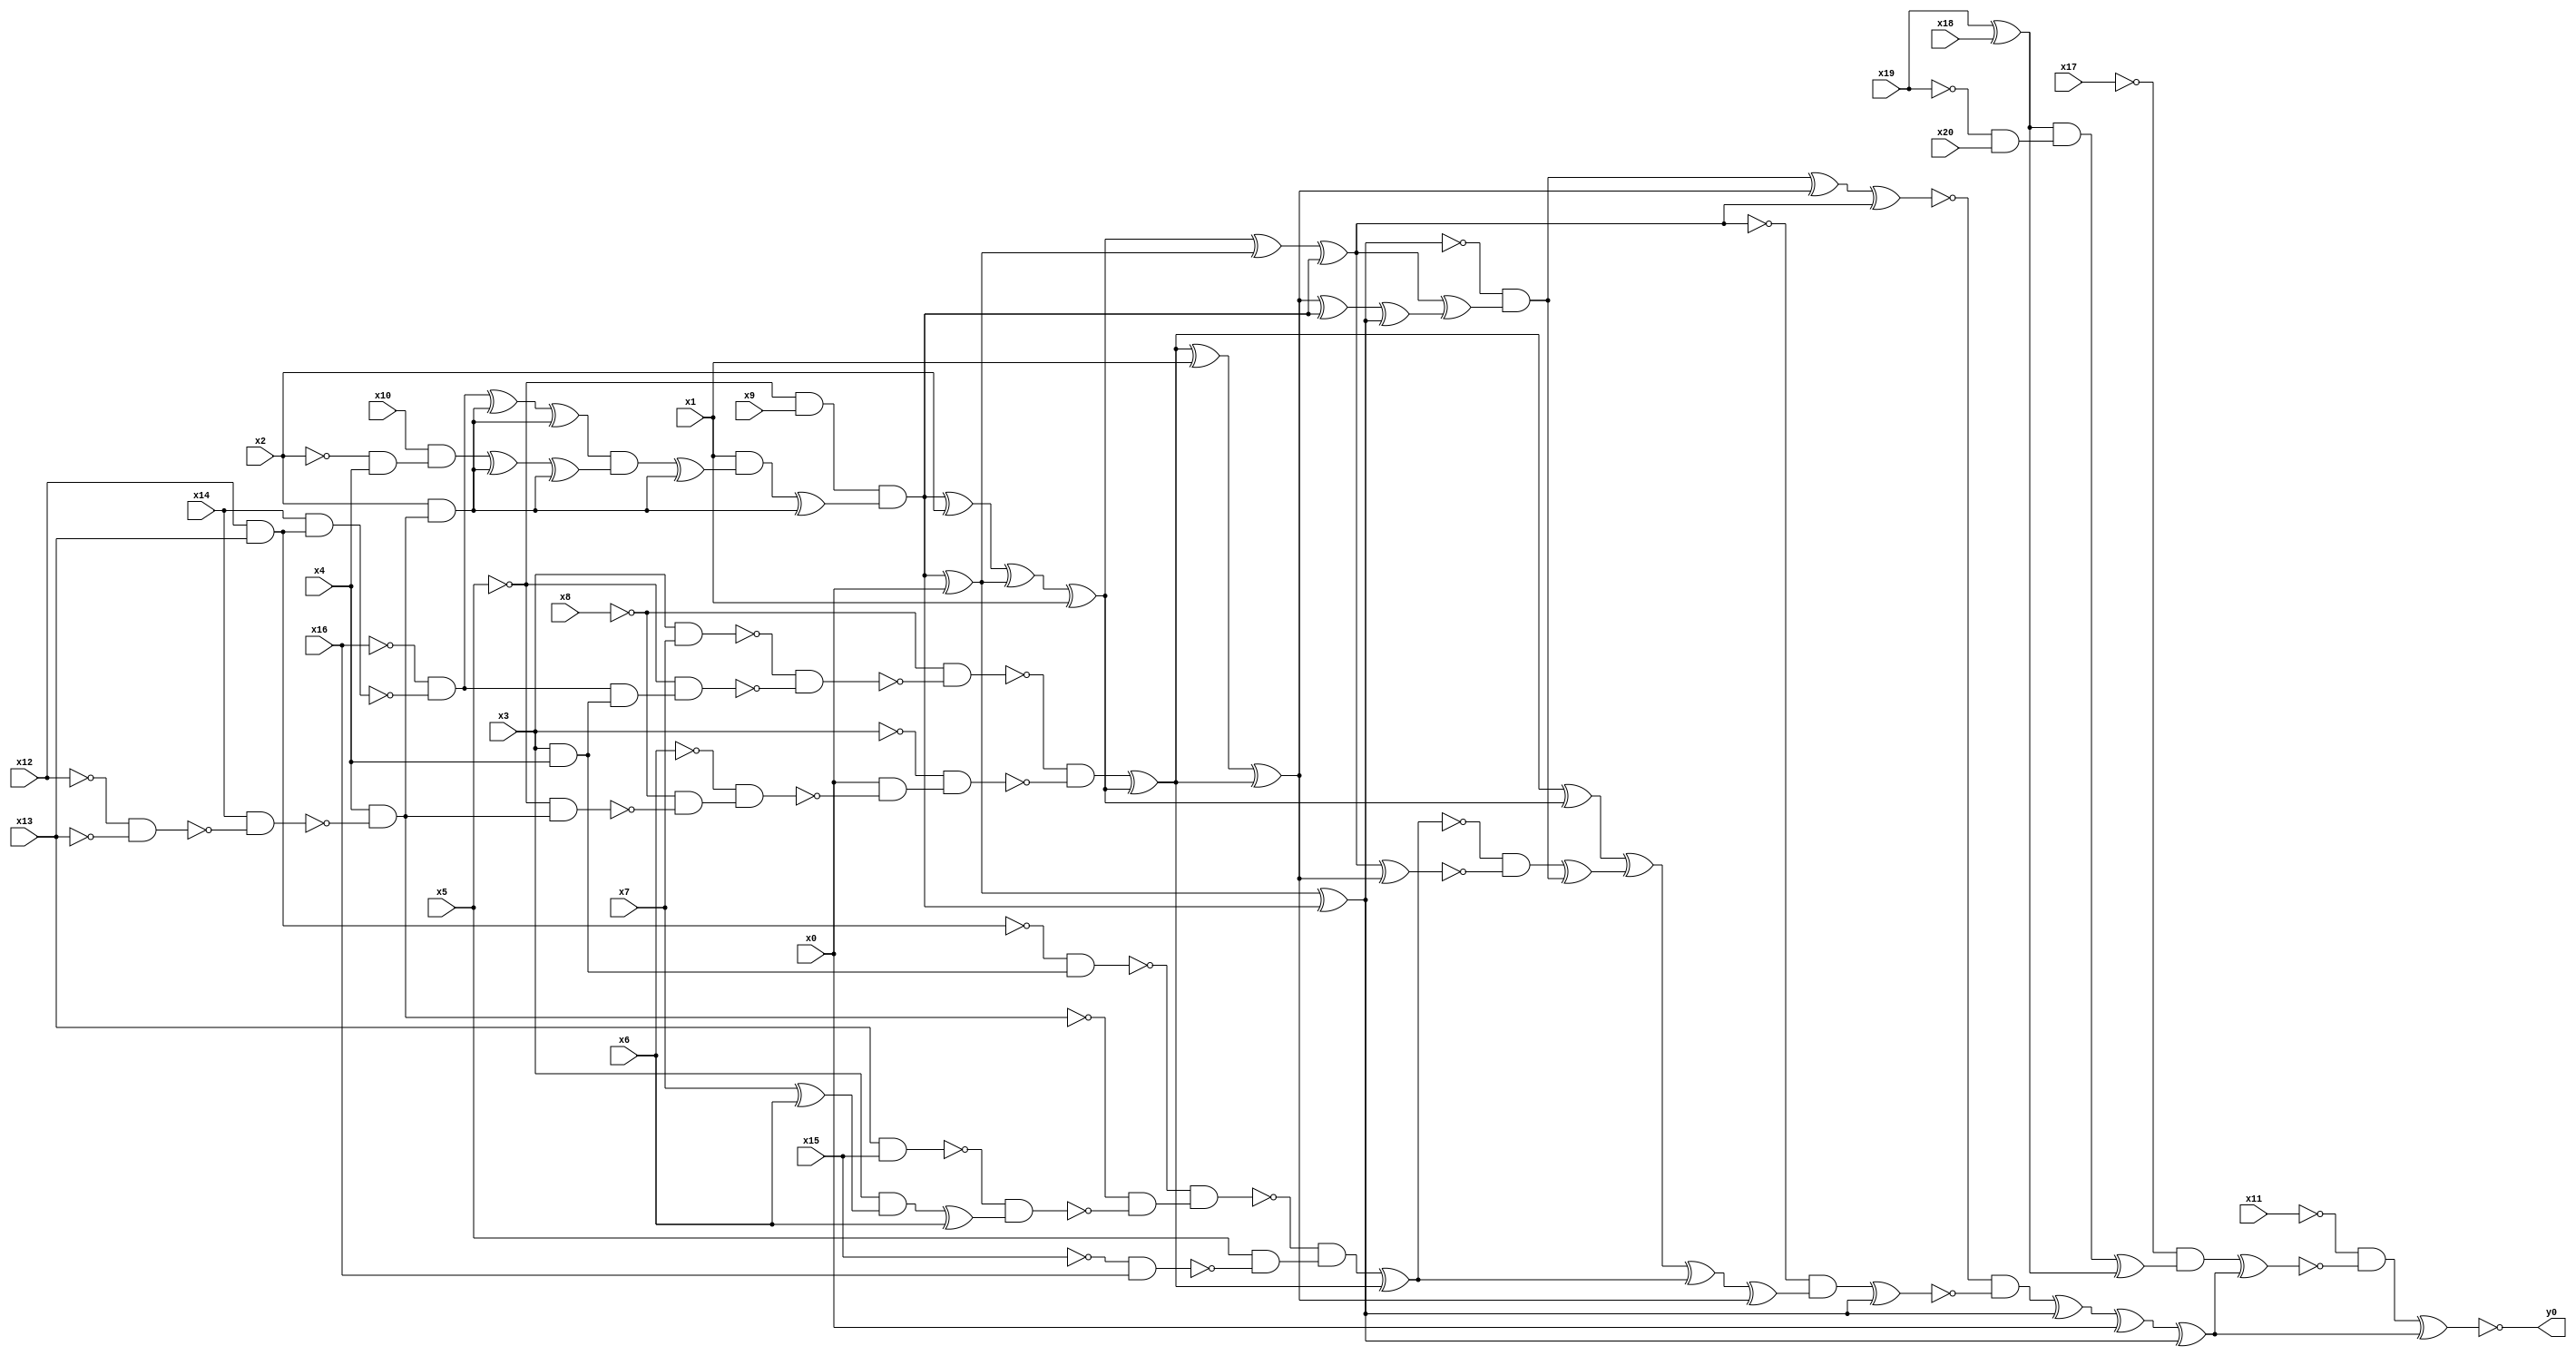
module top( x0 , x1 , x2 , x3 , x4 , x5 , x6 , x7 , x8 , x9 , x10 , x11 , x12 , x13 , x14 , x15 , x16 , x17 , x18 , x19 , x20 , y0 );
  input x0 , x1 , x2 , x3 , x4 , x5 , x6 , x7 , x8 , x9 , x10 , x11 , x12 , x13 , x14 , x15 , x16 , x17 , x18 , x19 , x20 ;
  output y0 ;
  wire n22 , n23 , n24 , n25 , n26 , n27 , n28 , n29 , n30 , n31 , n32 , n33 , n34 , n35 , n36 , n37 , n38 , n39 , n40 , n41 , n42 , n43 , n44 , n45 , n46 , n47 , n48 , n49 , n50 , n51 , n52 , n53 , n54 , n55 , n56 , n57 , n58 , n59 , n60 , n61 , n62 , n63 , n64 , n65 , n66 , n67 , n68 , n69 , n70 , n71 , n72 , n73 , n74 , n75 , n76 , n77 , n78 , n79 , n80 , n81 , n82 , n83 , n84 , n85 , n86 , n87 , n88 , n89 , n90 , n91 , n92 , n93 , n94 , n95 , n96 , n97 , n98 , n99 , n100 , n101 ;
  assign n94 = x19 ^ x18 ;
  assign n95 = ~x19 & x20 ;
  assign n96 = n94 & n95 ;
  assign n97 = n96 ^ n94 ;
  assign n98 = ~x17 & n97 ;
  assign n22 = ~x5 & x9 ;
  assign n27 = x12 & x13 ;
  assign n28 = x14 & n27 ;
  assign n29 = ~x16 & ~n28 ;
  assign n23 = ~x12 & ~x13 ;
  assign n24 = x14 & ~n23 ;
  assign n25 = x4 & ~n24 ;
  assign n26 = x2 & n25 ;
  assign n30 = n29 ^ n26 ;
  assign n31 = n30 ^ n26 ;
  assign n32 = ~x2 & x4 ;
  assign n33 = x10 & n32 ;
  assign n34 = n33 ^ n26 ;
  assign n35 = n34 ^ n26 ;
  assign n36 = n31 & n35 ;
  assign n37 = n36 ^ n26 ;
  assign n38 = x1 & n37 ;
  assign n39 = n38 ^ n26 ;
  assign n40 = n22 & n39 ;
  assign n41 = n40 ^ x0 ;
  assign n42 = n41 ^ n40 ;
  assign n43 = n40 ^ x2 ;
  assign n44 = n43 ^ n41 ;
  assign n45 = n44 ^ x1 ;
  assign n63 = n45 ^ n41 ;
  assign n64 = n63 ^ n40 ;
  assign n46 = x3 & x7 ;
  assign n47 = x3 & x4 ;
  assign n48 = n29 & n47 ;
  assign n49 = ~x5 & n48 ;
  assign n50 = ~n46 & ~n49 ;
  assign n51 = ~x8 & ~n50 ;
  assign n52 = ~x5 & n25 ;
  assign n53 = ~x8 & ~n52 ;
  assign n54 = ~x6 & n53 ;
  assign n55 = x0 & ~n54 ;
  assign n56 = ~x3 & n55 ;
  assign n57 = ~n51 & ~n56 ;
  assign n58 = n57 ^ n45 ;
  assign n59 = n58 ^ x1 ;
  assign n60 = n59 ^ n58 ;
  assign n61 = n60 ^ n40 ;
  assign n62 = n61 ^ n42 ;
  assign n65 = n64 ^ n62 ;
  assign n66 = ~n42 & n65 ;
  assign n67 = n66 ^ n60 ;
  assign n68 = n67 ^ n64 ;
  assign n84 = n58 ^ n45 ;
  assign n69 = ~n27 & n47 ;
  assign n70 = x13 & x15 ;
  assign n71 = x7 ^ x6 ;
  assign n72 = x3 & n71 ;
  assign n73 = n72 ^ x6 ;
  assign n74 = ~n70 & n73 ;
  assign n75 = ~n25 & ~n74 ;
  assign n76 = ~n69 & n75 ;
  assign n77 = ~x15 & x16 ;
  assign n78 = x5 & ~n77 ;
  assign n79 = ~n76 & n78 ;
  assign n80 = n79 ^ n58 ;
  assign n81 = n64 ^ n60 ;
  assign n82 = ~n80 & ~n81 ;
  assign n83 = n82 ^ n66 ;
  assign n85 = n84 ^ n83 ;
  assign n86 = n85 ^ n80 ;
  assign n87 = n86 ^ n60 ;
  assign n88 = ~n64 & n87 ;
  assign n89 = n88 ^ n42 ;
  assign n90 = ~n68 & ~n89 ;
  assign n91 = n90 ^ n42 ;
  assign n92 = n91 ^ x0 ;
  assign n93 = n92 ^ n42 ;
  assign n99 = n98 ^ n93 ;
  assign n100 = ~x11 & ~n99 ;
  assign n101 = n100 ^ n93 ;
  assign y0 = ~n101 ;
endmodule